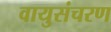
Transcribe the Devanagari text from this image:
वायुसंचरण